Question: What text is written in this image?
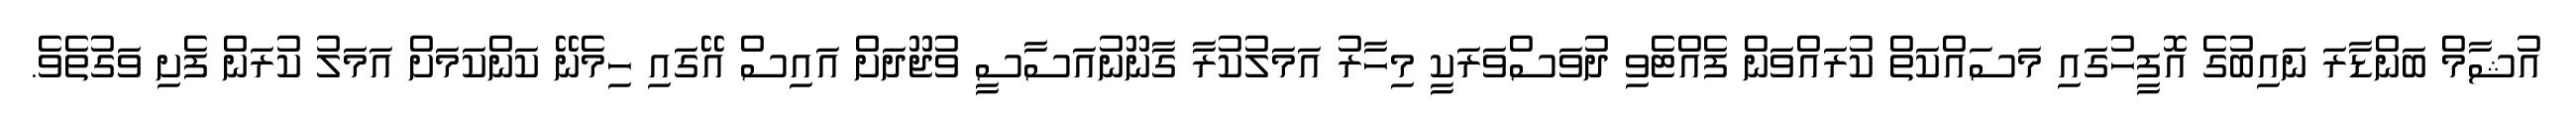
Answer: އުޝާމް ބަންޑާރަ ނައިބުގެ އޮފީހުގައި މަސައްކަތް ކުރައްވަން ފެއްޓެވި ދުވަސްވަރަކީ މިހާރު އަމަލުކުރާ ގާނޫނުއަސާސީ ވުޖޫދަށް އައިސް އޭގައި ހިމެނޭ ކަންކަމަށް އަމަލު ކުރަން ފެށި ވަގުތެވެ.